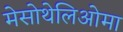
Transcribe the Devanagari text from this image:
मेसोथेलिओमा